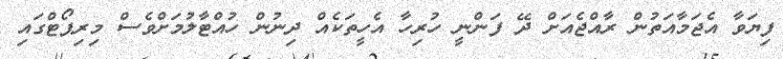
ފިޔަވާ އެޖަމާއަތުން ރާއްޖެއަށް ދޭ ފަންނީ ހުރިހާ އެހީތަކެއް ދިނުން ހުއްޓާލުމަށްވެސް މިރިޕޯޓްގައި